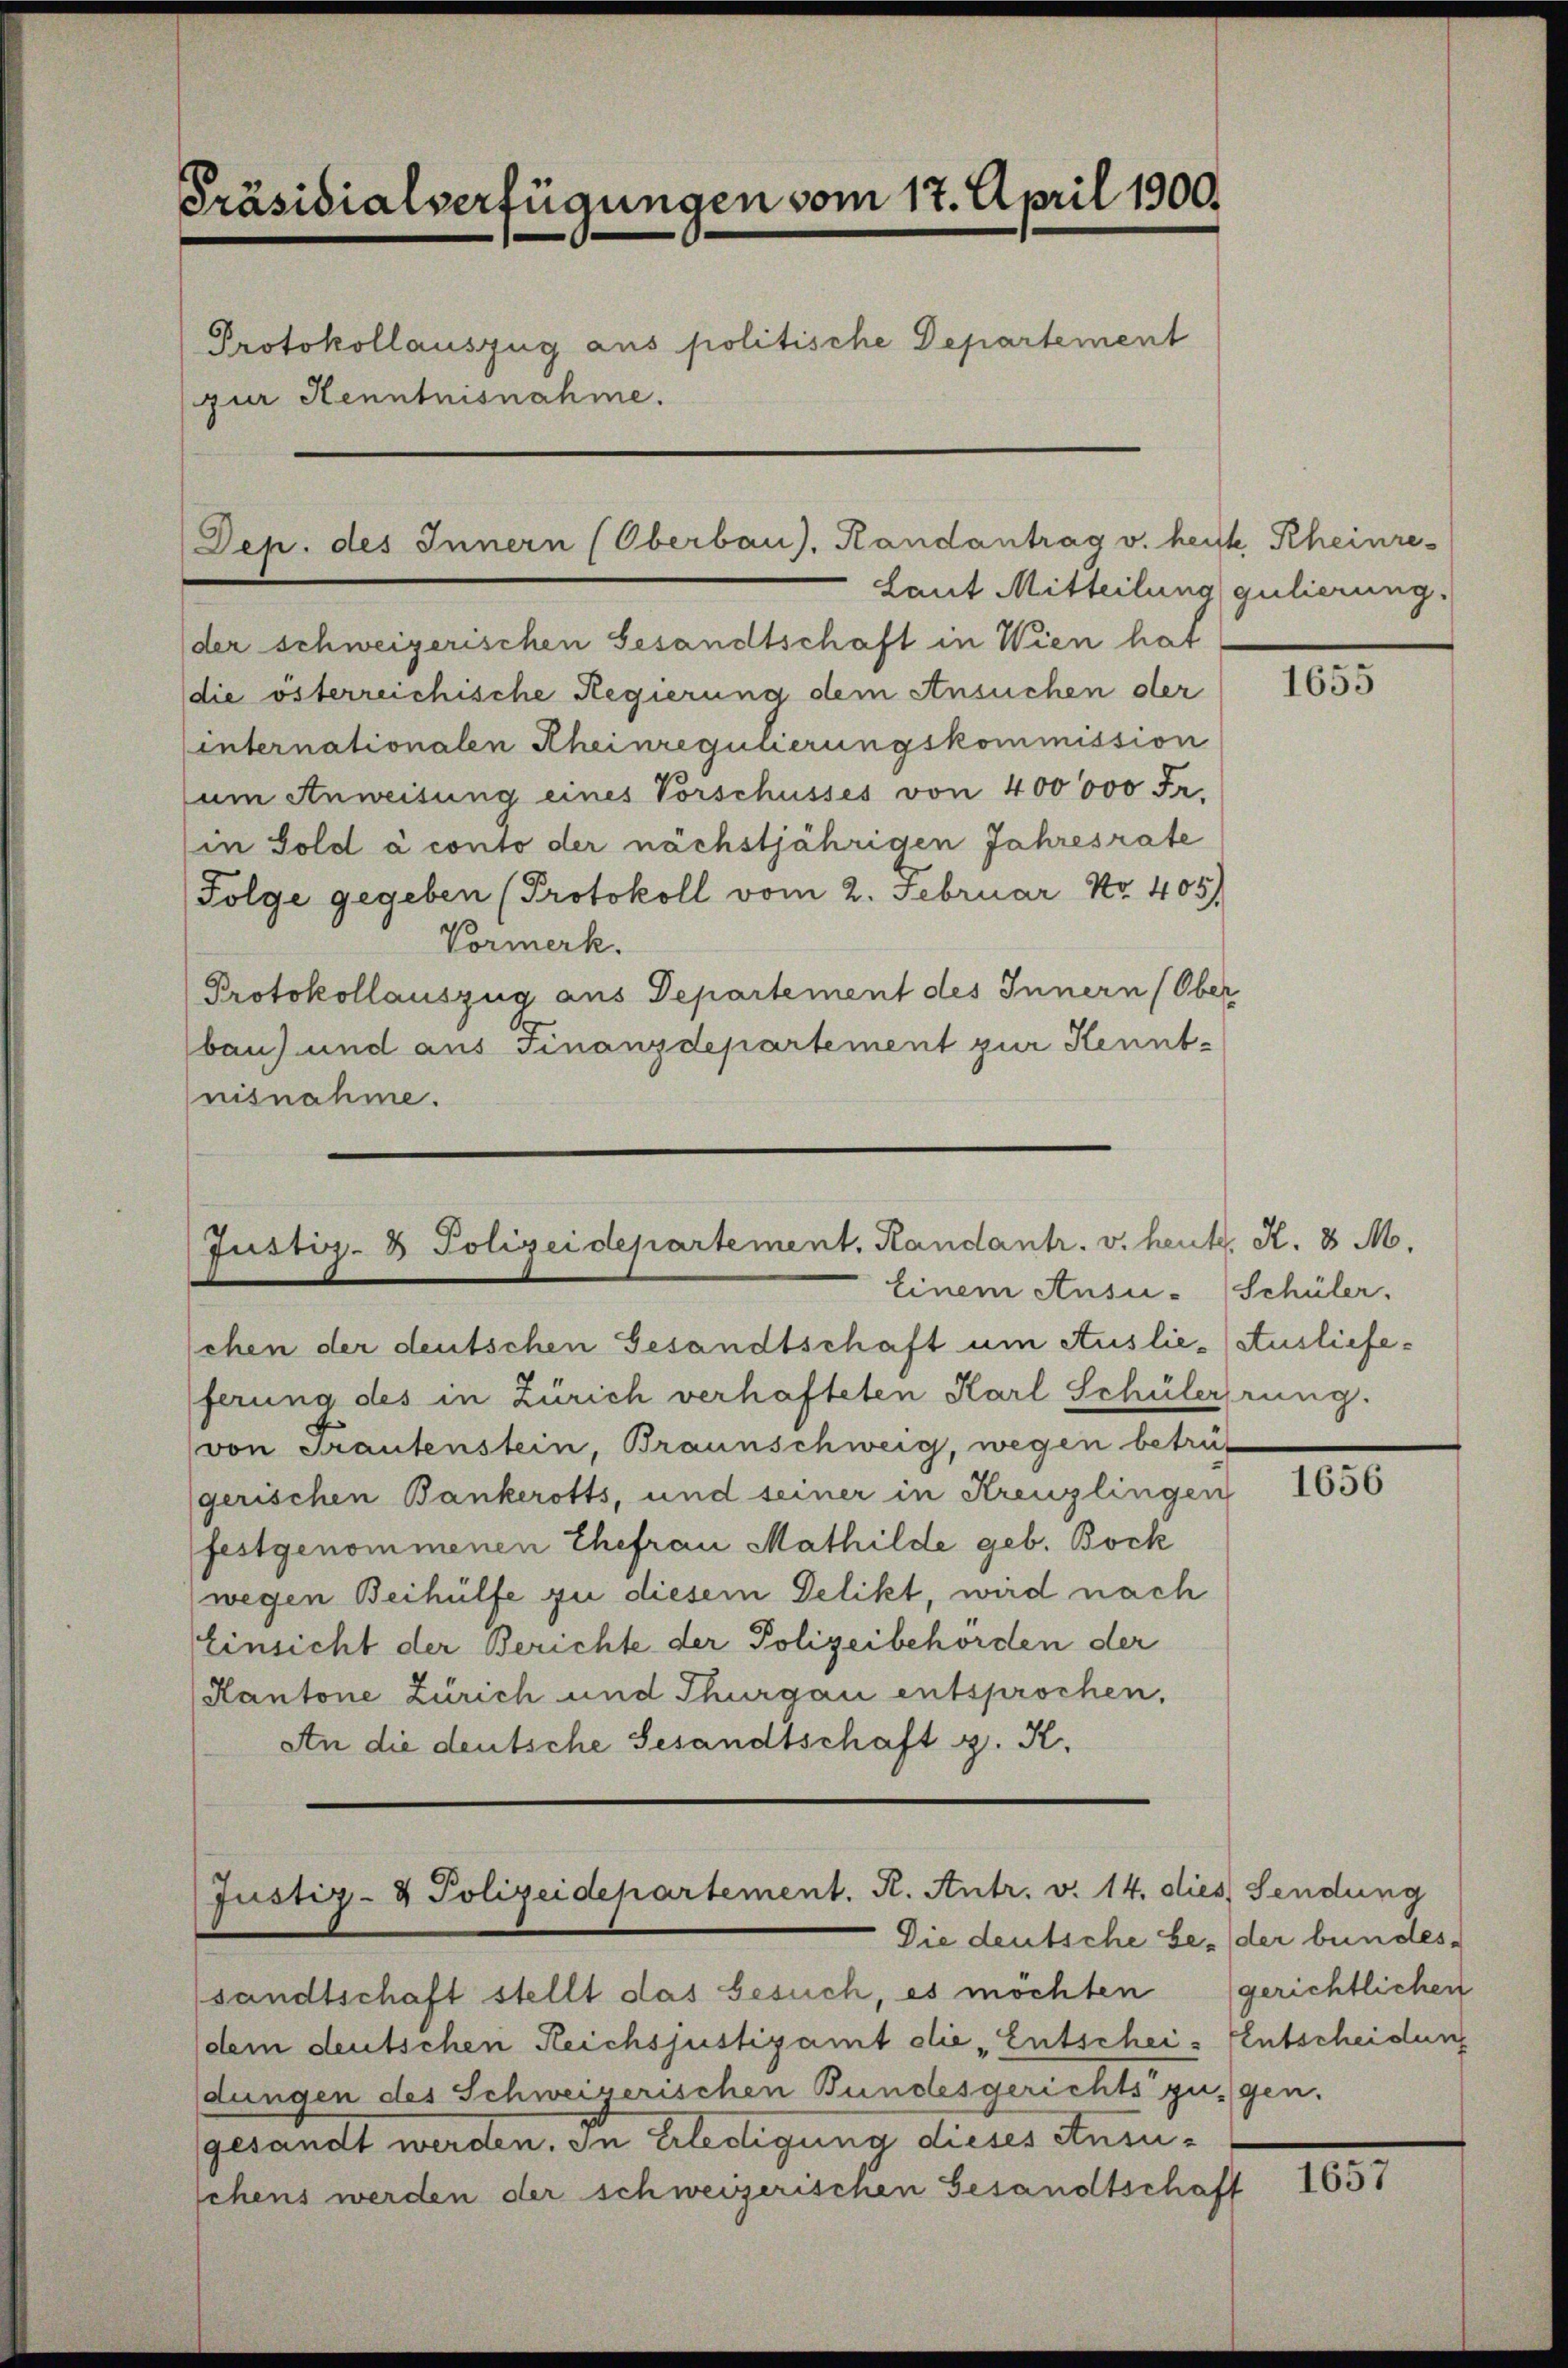
Präsidialverfügungen vom 17. April 1900.
Protokollauszug aus politische Departement
zur Kenntnisnahme.

Dep. des Innern (Oberbau), Randantrag v. heiste Rheinre-

Laut Mitteilung gulierung.
der schweizerischen Gesandtschaft in Wien hat
die österreichische Regierung dem Ansuchen der
internationalen Rheinregulierungskommission
um Anweisung eines Vorschusses von 400000 Fr.
(in Sold à conto der nächstjährigen Jahresrate
Folge gegeben (Protokoll vom 2. Februar Nr. 405)
Vormerk.
Protokollauszug aus Departement des Innern (Ober
bau) und aus Finanzdepartement zur Kenntnisnahme.

Justiz- & Polizeidepartement. Randant. v. heut. K. 8 M.
Einem Ansu- Schüler,

Justiz- & Polizeidepartement. R. Antr. v. 14. dies Sendung

chen der deutschen Gesandtschaft um Auslie-Ausliefeferung des in Zürich verhafteten Karl Schülerrung.
von Frautenstein, Braunschweig, wegen beträf
gerischen Bankerotts, und seiner in Kreuzlingen
festgenommenen Ehefrau Mathilde geb. Bock
(wegen Beihülfe zu diesem Delikt, wird nach
Einsicht der Berichte der Polizeibehörden der
Kantone Zürich und Thurgau entsprochen.
An die deutsche Gesandtschaft z. K.

Die deutsche se der bundessandtschaft stellt das Gesuch, es möchten
dem deutschen Reichsjustizamt die „Entschei- Entscheidung
dungen des Schweizerischen Bundesgerichts zugen.
gesandt werden. In Erledigung dieses Ansuschens werden der schweizerischen Gesandtschaft

1655

1656

gerichtlichen

1037.